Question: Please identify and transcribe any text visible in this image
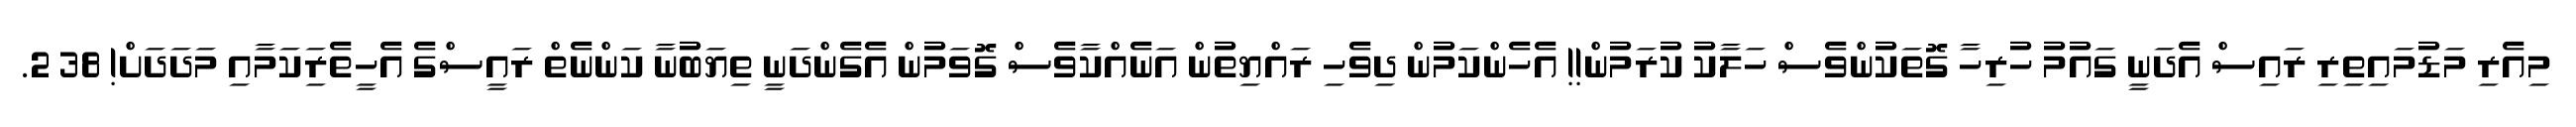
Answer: މިއެރި މަޑުމައިތިރި ރައިސް އެދަނީ ގައުމު ހުރިހާ ގޮތަކުންވެސް ހަލާކު ކުރަމުން!! އެހެންކަމުން ދިވެހި ރައްޔިތުން އަނެއްކާވެސް ގޮވަމުން އެގެންދަނީ ތިޔަބުނާ ކަންނެތް ރައީސްގެ އެހީތެރިަކަމާއި މަދަދަށް! 38 2.